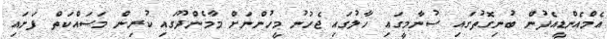
އެމްއެންޑީއެފުން ބުނިގޮތުގައި ސުނާމީގައި ހާލުގައި ޖެހުނު މީހުންނަށް މާމެންދޫގައި ކުރިން މަސައްކަތް ފަށައި